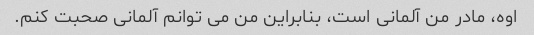
اوه، مادر من آلمانی است، بنابراین من می توانم آلمانی صحبت کنم.